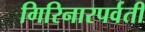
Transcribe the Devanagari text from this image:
गिरिनारपर्वती